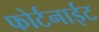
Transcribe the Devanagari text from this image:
फोर्टनाईट